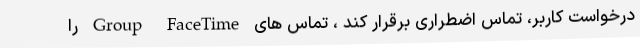
درخواست کاربر، تماس اضطراری برقرار کند ، تماس های Group FaceTime را